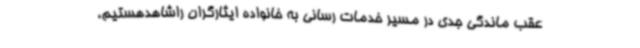
عقب ماندگی جدی در مسیر خدمات رسانی به خانواده ایثارگران راشاهدهستیم،